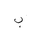
Letter: _ba